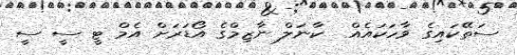
ސަތޭކައިގެ ވާހަކައެއް  ކާނަލް ނާޒިމްގެ އޯޑަރަށް އެމް ޓީ ސީ ސީ